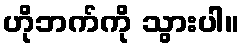
ဟိုဘက်ကို သွားပါ။